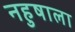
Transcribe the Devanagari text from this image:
नहुषाला